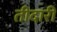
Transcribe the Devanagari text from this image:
तीदारी